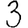
Digit: 3